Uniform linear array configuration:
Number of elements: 48
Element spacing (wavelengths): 1
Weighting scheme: hamming
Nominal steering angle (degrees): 30
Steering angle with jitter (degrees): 28.142
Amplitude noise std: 0.05
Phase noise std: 0.05

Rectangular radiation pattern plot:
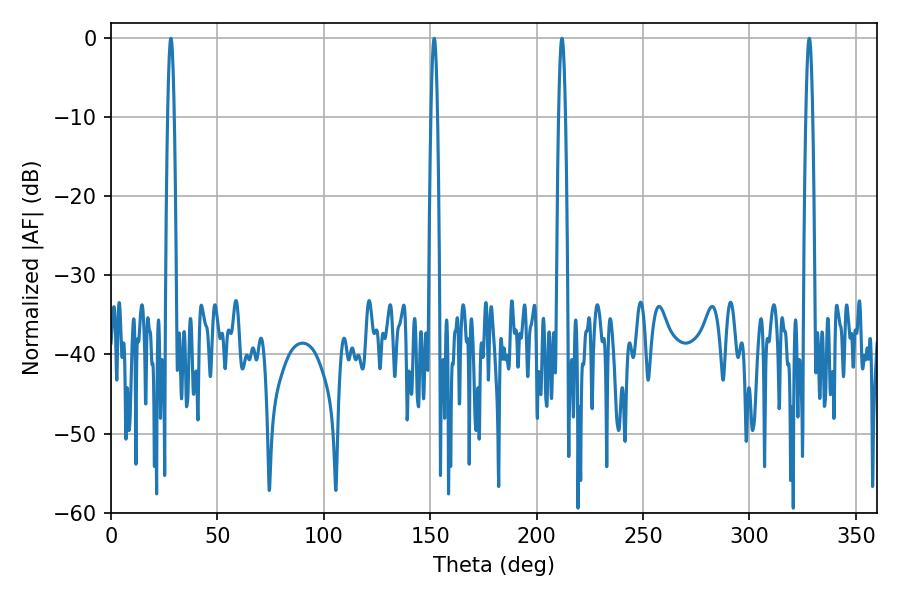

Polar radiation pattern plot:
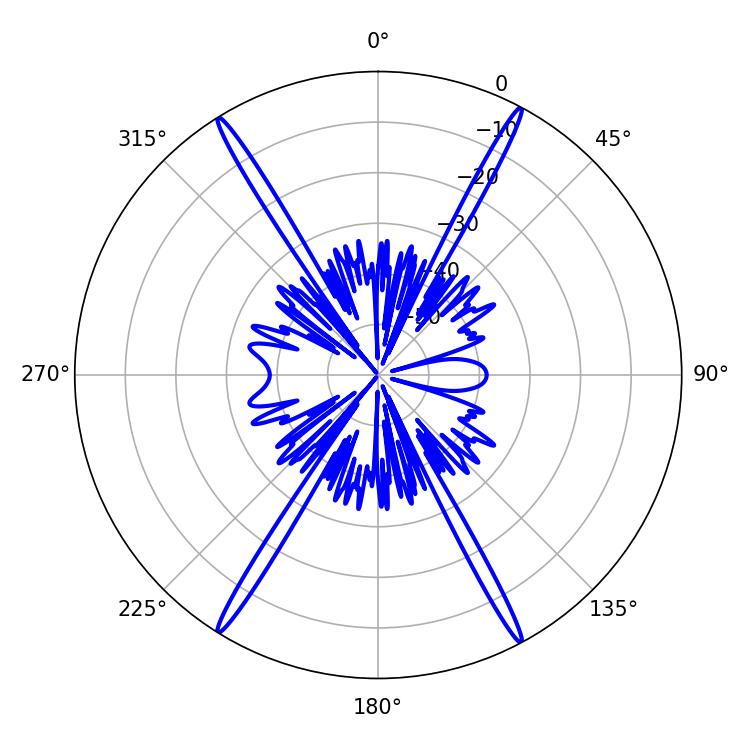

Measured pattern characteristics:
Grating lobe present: TRUE
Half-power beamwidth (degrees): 1.62
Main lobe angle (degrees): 328.14